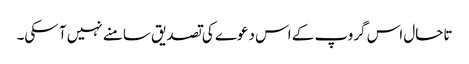
تاحال اس گروپ کے اس دعوے کی تصدیق سامنے نہیں آ سکی۔